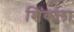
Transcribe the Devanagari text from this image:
शिंकला